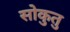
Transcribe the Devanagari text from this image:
सोकुतु